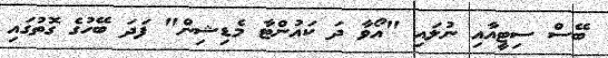
ބޭސް ސިޓީއާއި ނުލައި "އޯވާ ދަ ކައުންޓާ މެޑިޝިން" ފަދަ ބޭހުގެ ގޮތުގައި